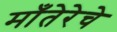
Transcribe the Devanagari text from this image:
माँतेरेचे